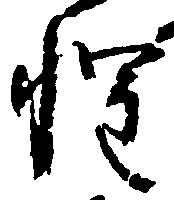
惶